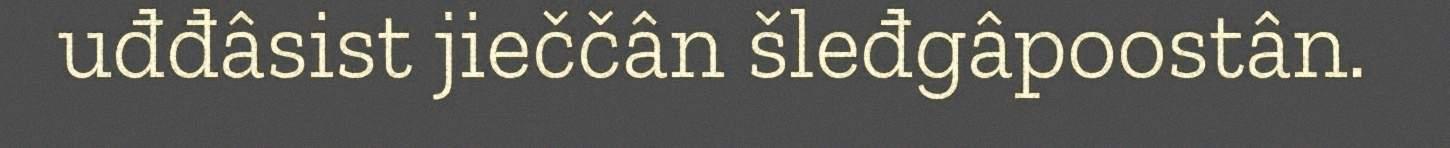
uđđâsist jieččân šleđgâpoostân.